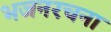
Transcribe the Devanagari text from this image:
भजनरचना